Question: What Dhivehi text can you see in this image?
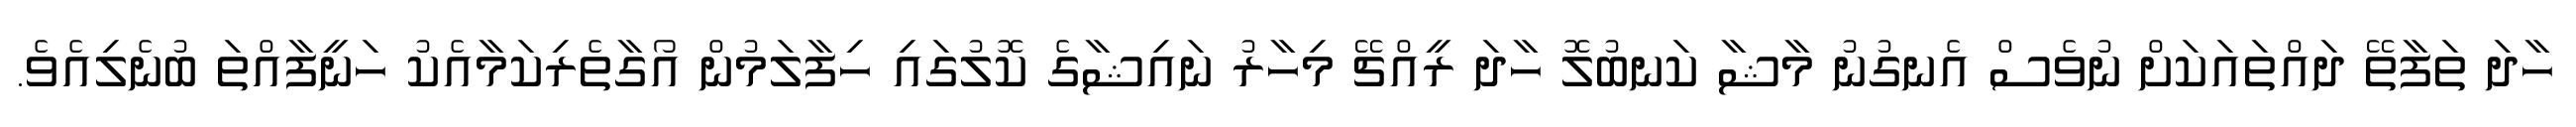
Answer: ހާދަ ތަފާތޭ ދައްތައަކަށް ނުވެސް އެނގުނު މާޝާ ކަނބުލޮ ހާދަ ރީއްޗޭ މިހާރު ނައިޝާގެ ކޮލުގައި ހިފާލަމުން އޯގާތެރިކަމާއެކު ހަނީފާއްތަ ބުނެލިއެވެ.